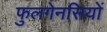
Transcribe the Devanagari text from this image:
फुलगेनसियों